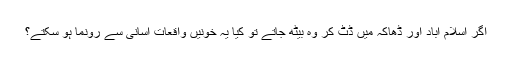
اگر اسلام آباد اور ڈھاکہ میں ڈٹ کر وہ بیٹھ جاتے تو کیا یہ خونیں واقعات آسانی سے رونما ہو سکتے؟